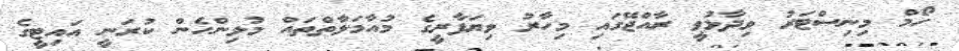
ހޯމް މިނިސްޓަރު ވިދާޅުވީ ރާއްޖޭގައި މިހާރު ވިޔަފާރީގެ މުއާމަލާތްތައް މުޅިންހެން ކުރަނީ އައިޓީގެ